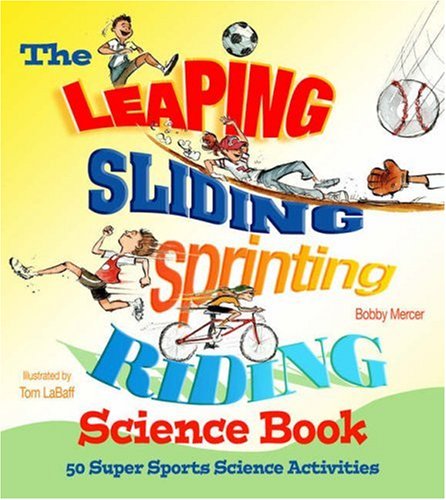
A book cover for The Leaping, Sliding, Sprinting, Riding Science Book: 50 Super Sports Science Activities; Bobby Mercer; Sports & Outdoors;